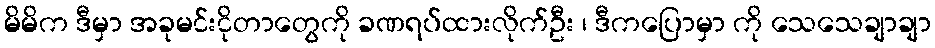
မိမိက ဒီမှာ အခုမင်းငိုတာတွေကို ခဏရပ်ထားလိုက်ဦး ၊ ဒီကပြောမှာ ကို သေသေချာချာ